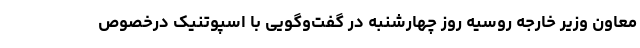
معاون وزیر خارجه روسیه روز چهارشنبه در گفت‌وگویی با اسپوتنیک درخصوص